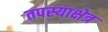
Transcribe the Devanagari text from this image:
तपस्याक्षेत्र